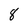
Character: 8